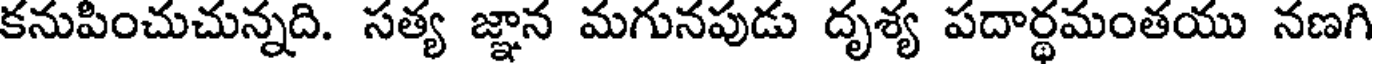
కనుపించుచున్నది. సత్య జ్ఞాన మగునపుడు దృశ్య పదార్థమంతయు నణగి